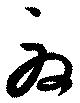
夏